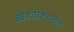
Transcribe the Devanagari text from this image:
ओक्टोक्स्य्नोल